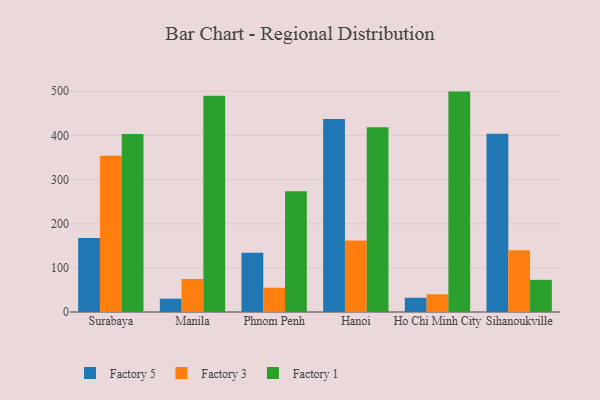
{"axis": {"x": "City", "y": "Demand Index"}, "legend": ["Factory 1", "Factory 3", "Factory 5"], "data": [{"x": "Surabaya", "y": 167.5, "type": "Factory 5"}, {"x": "Surabaya", "y": 353.7, "type": "Factory 3"}, {"x": "Surabaya", "y": 403.1, "type": "Factory 1"}, {"x": "Manila", "y": 30.3, "type": "Factory 5"}, {"x": "Manila", "y": 74.8, "type": "Factory 3"}, {"x": "Manila", "y": 489.8, "type": "Factory 1"}, {"x": "Phnom Penh", "y": 134.2, "type": "Factory 5"}, {"x": "Phnom Penh", "y": 54.9, "type": "Factory 3"}, {"x": "Phnom Penh", "y": 273.4, "type": "Factory 1"}, {"x": "Hanoi", "y": 436.9, "type": "Factory 5"}, {"x": "Hanoi", "y": 161.9, "type": "Factory 3"}, {"x": "Hanoi", "y": 418.5, "type": "Factory 1"}, {"x": "Ho Chi Minh City", "y": 32.3, "type": "Factory 5"}, {"x": "Ho Chi Minh City", "y": 40.1, "type": "Factory 3"}, {"x": "Ho Chi Minh City", "y": 499.1, "type": "Factory 1"}, {"x": "Sihanoukville", "y": 403.5, "type": "Factory 5"}, {"x": "Sihanoukville", "y": 139.8, "type": "Factory 3"}, {"x": "Sihanoukville", "y": 72.8, "type": "Factory 1"}]}